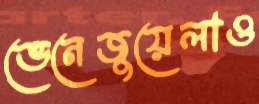
ভেনেজুয়েলাও